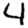
Digit: 4